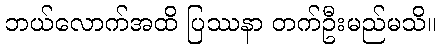
ဘယ်လောက်အထိ ပြဿနာ တက်ဦးမည်မသိ။